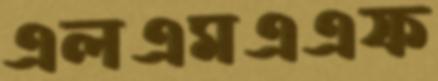
এলএমএএফ